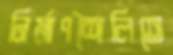
নির্মাণশৈলিতে